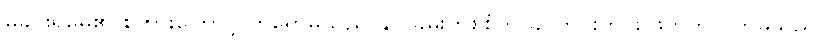
မှုခင်းရဲမေ၏ စကားကြောင့် ဟိရောမိသည် နှုတ်ခမ်းတစ်စုံကို ခပ်တင်းတင်း ဖိကိုက်လိုက်မိသည်။